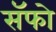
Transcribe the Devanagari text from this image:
सॅफो